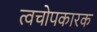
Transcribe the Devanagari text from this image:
त्वचोपकारक